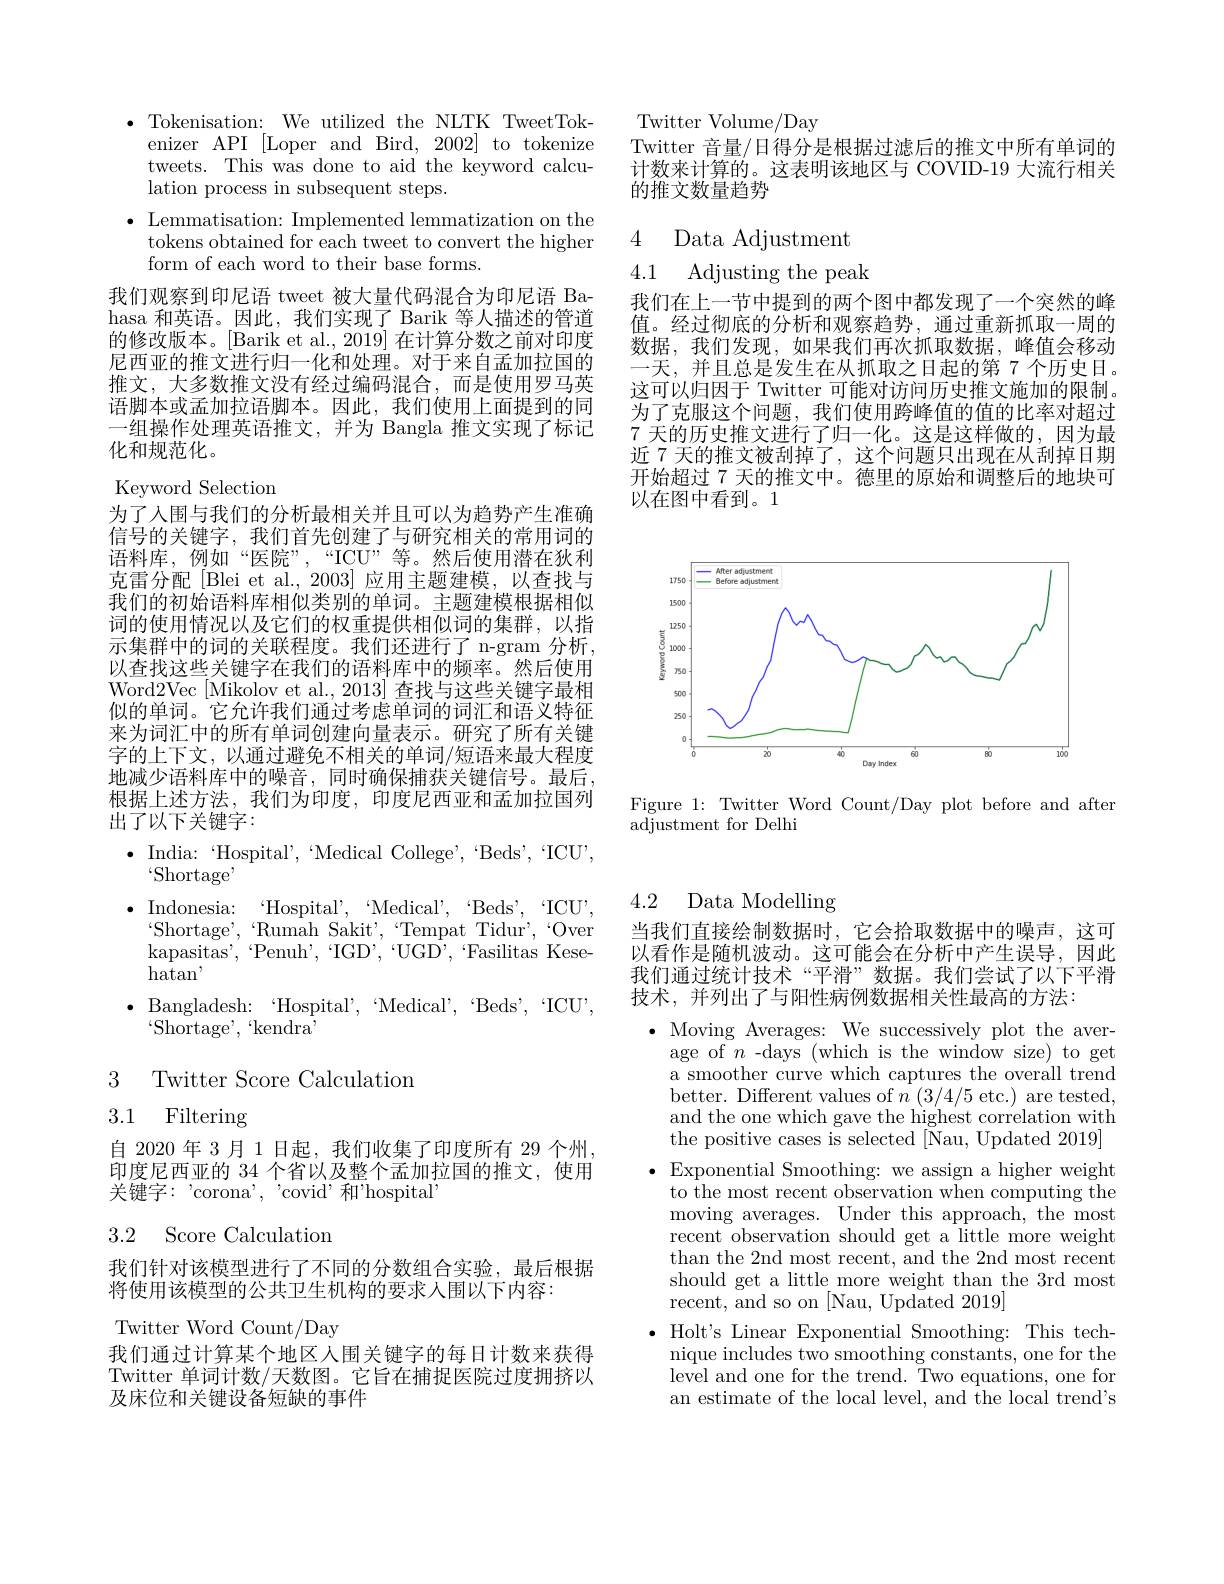
$\bullet$ Tokenisation: We utilized the NLTK TweetTok-
enizer API [Loper and Bird, 2002] to tokenize tweets. This was done to aid the keyword calculation process in subsequent steps.
$\bullet$ Lemmatisation: Implemented lemmatization on the
tokens obtained for each tweet to convert the higher
form of each word to their base forms.
我们观察到印尼语 tweet 被大量代码混合为印尼语 Bahasa 和英语。因此，我们实现了 Barik 等人描述的管道的修改版本。[Barik et al., 2019] 在计算分数之前对印度尼西亚的推文进行归一化和处理。对于来自孟加拉国的推文，大多数推文没有经过编码混合，而是使用罗马英语脚本或孟加拉语脚本。因此，我们使用上面提到的同一组操作处理英语推文，并为 Bangla 推文实现了标记化和规范化。

Keyword Selection

为了人围与我们的分析最相关并且可以为趋势产生准确信号的关键字，我们首先创建了与研究相关的常用词的语料库，例如“医院”,“ICU”等。然后使用潜在狄利克雷分配[Blei et al.,2003] 应用主题建模，以查找与我们的初始语料库相似类别的单词。主题建模根据相似词的使用情况以及它们的权重提供相似词的集群，以指示集群中的词的关联程度。我们还进行了 n-gram 分析， 以查找这些关键字在我们的语料库中的频率。然后使用Word2Vec [Mikolov et al., 2013] 查找与这些关键字最相似的单词。它允许我们通过考虑单词的词汇和语义特征来为词汇中的所有单词创建向量表示。研究了所有关键字的上下文，以通过避免不相关的单词/短语来最大程度地减少语料库中的噪音，同时确保捕获关键信号。最后根据上述方法，我们为印度，印度尼西亚和孟加拉国列出了以下关键字：
$\bullet$ India: ‘Hospital’,“Medical College’,“Beds’,“ICU”,
$`$Shortage"
$\bullet$ Indonesia: Hospital', Medical', Beds'. ICU"
$`$Shortage',“Rumah Sakit',“Tempat Tidur',“Over kapasitas',~Penuh',~`IGD',~“UGD',~`Fasilitas~Kese- $\hom$,
$\bullet$Bangladesh: Hospital',“Medical',“Beds',‘ICU',
$`\overset{`}{\operatorname*{Shortage',~`kendra'}}$
3
Twitter Score Calculation
3.1 Filtering
自 2020 年 3 月 1 日起，我们收集了印度所有 29 个州

印度尼西亚的 34 个省以及整个孟加拉国的推文，使用
${\text{关键字：'corona', 'covid'和'hospital'}}$

### 3.2 Score Calculation

我们针对该模型进行了不同的分数组合实验，最后根据
将使用该模型的公共卫生机构的要求人围以下内容：

Twitter Word Count/Day

我们通过计算某个地区人围关键字的每日计数来获得Twitter 单词计数/天数图。它旨在捕捉医院过度拥挤以及床位和关键设备短缺的事件

Twitter Volume/Day
Twitter 音量/日得分是根据过滤后的推文中所有单词的计数来计算的。这表明该地区与 COVID-19 大流行相关的推文数量趋势

4 Data Adjustment

4.1 Adjusting the peak

我们在上一节中提到的两个图中都发现了一个突然的峰值。经过彻底的分析和观察趋势，通过重新抓取一周的数据，我们发现，如果我们再次抓取数据，峰值会移动一天，并且总是发生在从抓取之日起的第 7 个历史日。这可以归因于 Twitter 可能对访问历史推文施加的限制。为了克服这个问题，我们使用跨峰值的值的比率对超过7天的历史推文进行了归一化。这是这样做的，因为最近 7 天的推文被刮掉了，这个问题只出现在从刮掉日期开始超过 7 天的推文中。德里的原始和调整后的地块可以在图中看到。1

<FigureHere>

Figure 1: Twitter Word Count/Day plot before and after
adjustment for Delhi

4.2 Data Modelling

当我们直接绘制数据时，它会拾取数据中的噪声，这可以看作是随机波动。这可能会在分析中产生误导，因此我们通过统计技术“平滑”数据。我们尝试了以下平滑技术，并列出了与阳性病例数据相关性最高的方法：

$\bullet$ Moving Averages: We successively plot the aver-
age of $n$ -days (which is the window size) to get a smoother curve which captures the overall trend better. Different values of $n$ ( 3/ 4/ 5 etc. ) are tested, and the one which gave the highest correlation with the positive cases is selected [Wau, Updated 2019]
$\bullet$Exponential Smoothing: we assign a higher weight
to the most recent observation when computing the moving averages. Under this approach, the most recent observation should get a little more weight than the 2nd most recent, and the 2nd most recent should get a little more weight than the 3rd most recent, and so on [ Nau, Updated 2019]
$\bullet$ Holt's Linear Exponential Smoothing: This tech-
nique includes two smoothing constants, one for the $\bar{\text{level and one for the trend. Two equations, one for}}$ an estimate of the local level, and the local trend's